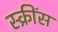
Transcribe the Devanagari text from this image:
स्क्रींस